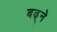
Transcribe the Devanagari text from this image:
बढ़्ने